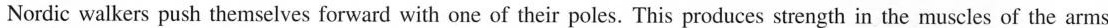
Nordic walkers push themselves forward with one of their poles. This produces strength in the muscles of the arms